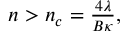
\begin{array} { r } { n > n _ { c } = \frac { 4 \lambda } { B \kappa } , } \end{array}